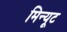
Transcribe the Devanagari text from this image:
मिन्यूट